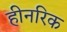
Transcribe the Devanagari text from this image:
हीनरिक